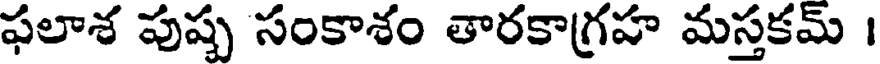
ఫలాశ పుష్ప సంకాశం తారకాగ్రహ మస్తకమ్ ।